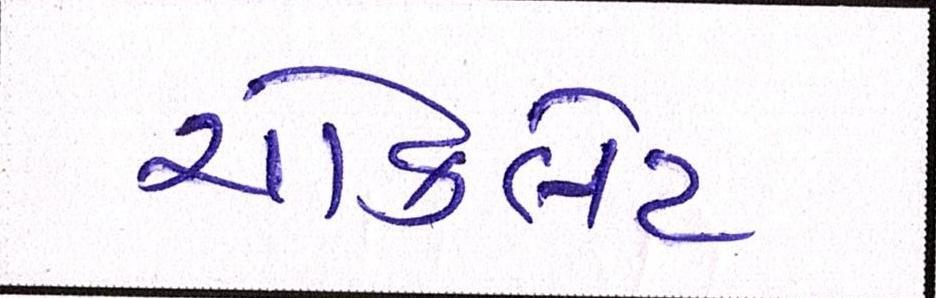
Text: ચૉકલેટ